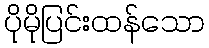
ပိုမိုပြင်းထန်သော